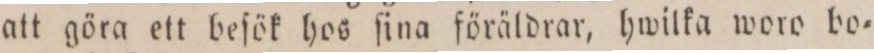
att göra ett beſök hos ſina föräldrar, hwilka woro bo=